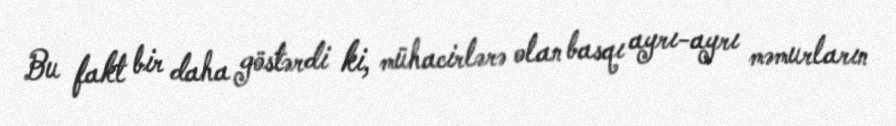
Bu fakt bir daha göstərdi ki, mühacirlərə olan basqı ayrı-ayrı məmurların